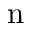
\mathrm { n }